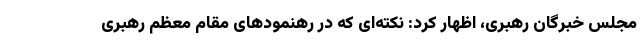
مجلس خبرگان رهبری، اظهار کرد: نکته‌ای که در رهنمودهای مقام معظم رهبری